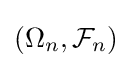
(\Omega _{n},{\mathcal {F}}_{n})